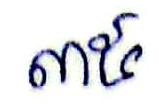
៣៥